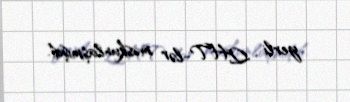
yerli QHT-lər məskunlaşmışdı.